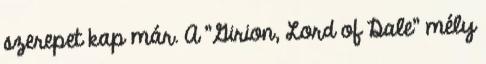
szerepet kap már. A "Girion, Lord of Dale" mély